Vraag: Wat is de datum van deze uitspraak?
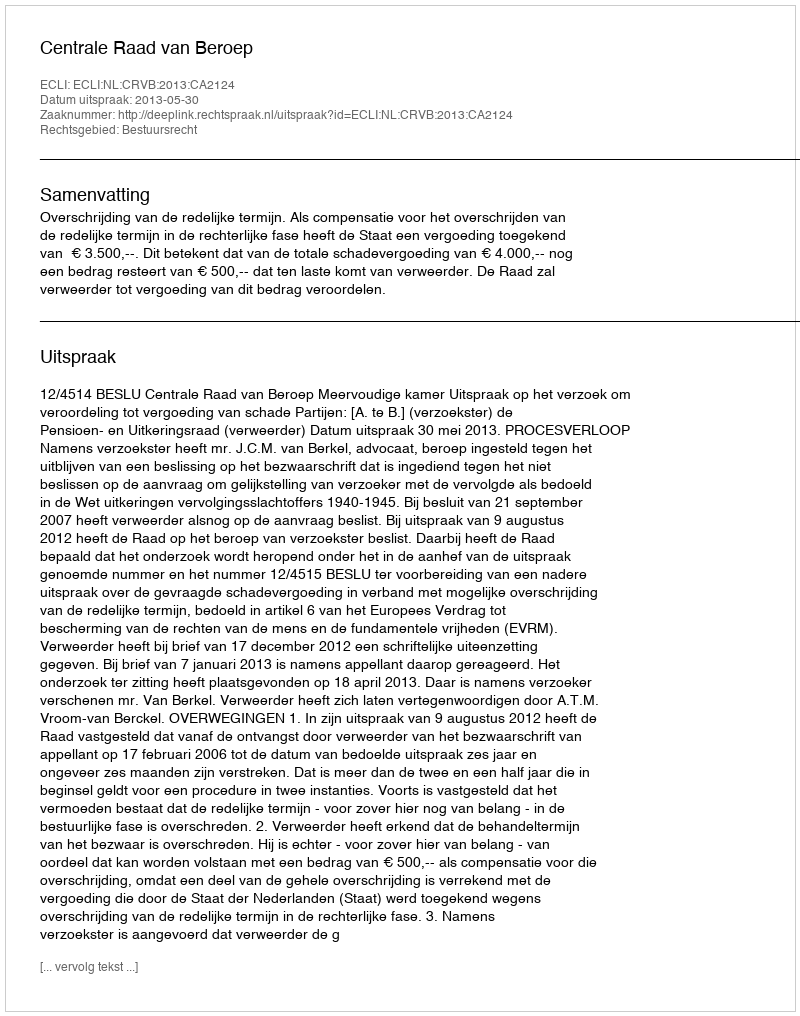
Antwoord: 2013-05-30